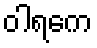
ဝါရကေ